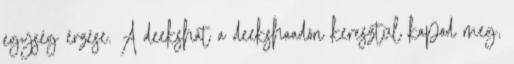
egység érzése. A deekshát a deekshaadón keresztül kapod meg,